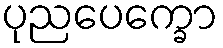
ပုညပေက္ခော